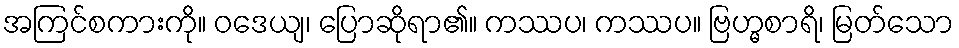
အကြင်စကားကို။ ဝဒေယျ၊ ပြောဆိုရာ၏။ ကဿပ၊ ကဿပ။ ဗြဟ္မစာရိ၊ မြတ်သော